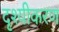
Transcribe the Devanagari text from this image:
दृश्यीकरण